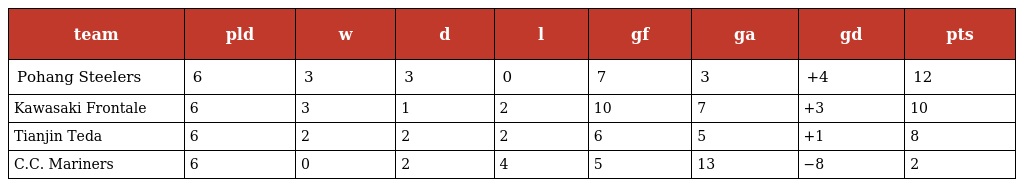
| team | pld | w | d | l | gf | ga | gd | pts |
 | --- | --- | --- | --- | --- | --- | --- | --- | --- |
 | Pohang Steelers | 6 | 3 | 3 | 0 | 7 | 3 | +4 | 12 |
 | Kawasaki Frontale | 6 | 3 | 1 | 2 | 10 | 7 | +3 | 10 |
 | Tianjin Teda | 6 | 2 | 2 | 2 | 6 | 5 | +1 | 8 |
 | C.C. Mariners | 6 | 0 | 2 | 4 | 5 | 13 | −8 | 2 |